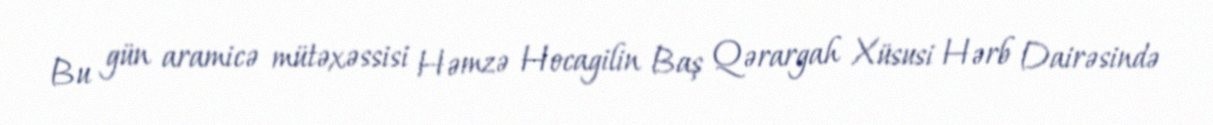
Bu gün aramicə mütəxəssisi Həmzə Hocagilin Baş Qərargah Xüsusi Hərb Dairəsində